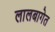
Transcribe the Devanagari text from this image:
लालबागेत